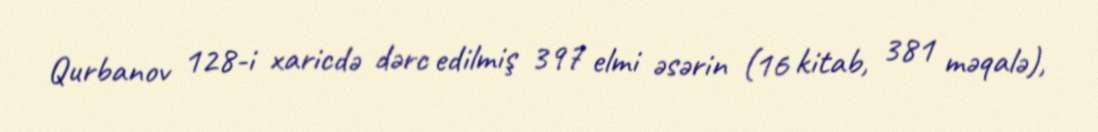
Qurbanov 128-i xaricdə dərc edilmiş 397 elmi əsərin (16 kitab, 381 məqalə),